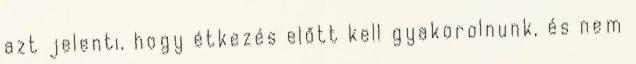
azt jelenti, hogy étkezés előtt kell gyakorolnunk, és nem